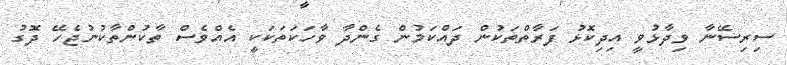
ސިރިސޭނާ ވިދާޅުވީ އިދިކޮޅު ފަރާތްތަކުން ދައްކަމުން ގެންދާ ވާހަކަތަކަކީ އެއްވެސް ތާކުންތާކުނުޖެހޭ ދޮގު